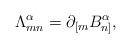
LaTeX: \begin{align*}{\Lambda}^{\alpha}_{mn}=\partial_{[m}B^\alpha_{n]},\end{align*}